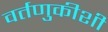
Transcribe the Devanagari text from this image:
वर्तणुकीशी